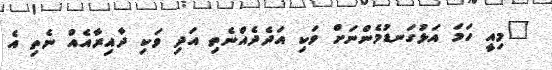
"މިއީ ހަމަ އަޅުގަނޑުމެންނަށް ވަކި އަދެދެއްނެތި އަދި ވަކި ދާއިރާއެއް ނެތި އެ